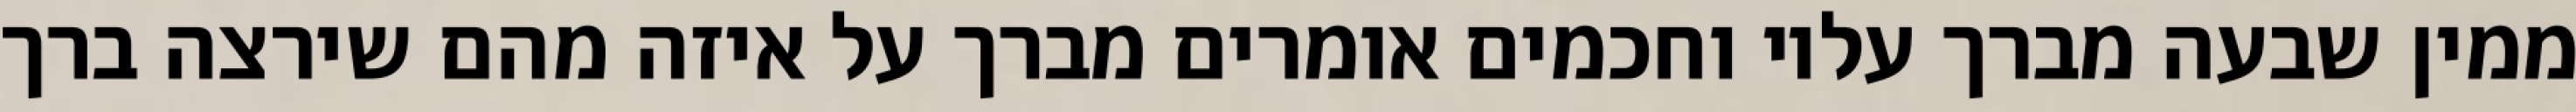
ממין שבעה מברך עליו וחכמים אומרים מברך על איזה מהם שירצה ברך